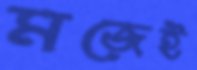
মজেই